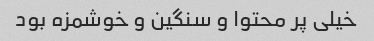
خیلی پر محتوا و سنگین و خوشمزه بود